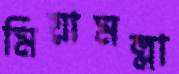
মিয়ামল্লা